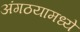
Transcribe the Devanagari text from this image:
अंगठयामध्ये